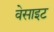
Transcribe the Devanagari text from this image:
वेसाइट